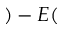
) - E (